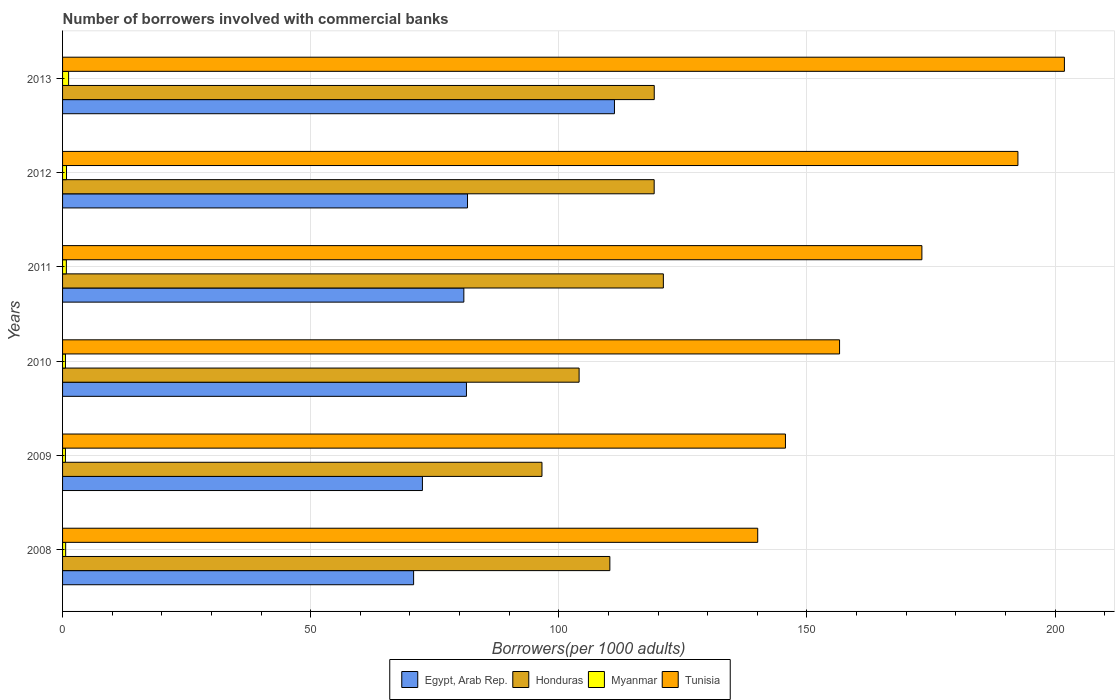
| Years | Egypt, Arab Rep. | Honduras | Myanmar | Tunisia |
 | --- | --- | --- | --- | --- |
 | 2008 | 70.7 | 110 | 0.626 | 140 |
 | 2009 | 72.5 | 96.6 | 0.577 | 146 |
 | 2010 | 81.4 | 104 | 0.582 | 157 |
 | 2011 | 80.9 | 121 | 0.764 | 173 |
 | 2012 | 81.6 | 119 | 0.796 | 193 |
 | 2013 | 111 | 119 | 1.22 | 202 |